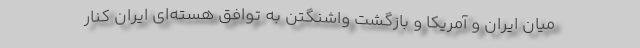
میان ایران و آمریکا و بازگشت واشنگتن به توافق هسته‌ای ایران کنار